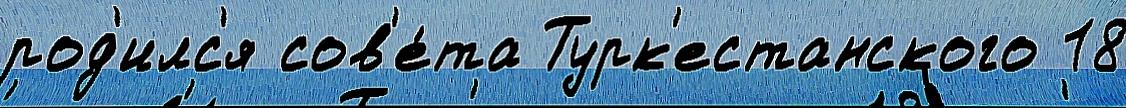
род'илс'я сов'е́та Турк'естанского 18